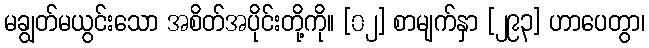
မချွတ်မယွင်းသော အစိတ်အပိုင်းတို့ကို။ [၀၂] စာမျက်နှာ [၂၉၃] ဟာပေတွာ၊